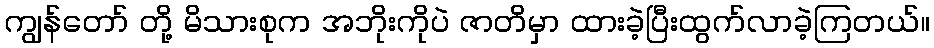
ကျွန်တော် တို့ မိသားစုက အဘိုးကိုပဲ ဇာတိမှာ ထားခဲ့ပြီးထွက်လာခဲ့ကြတယ်။